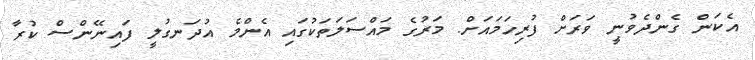
އެކަން ގެންދެވުނީ ވަރަށް ފުރިހަމައަށް. މަރުގެ މައްސަލަތަކުގައި އެންމެ އުދަނގުލީ ފައިނޭންސް ކުރާ